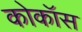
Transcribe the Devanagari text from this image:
कोकॉस